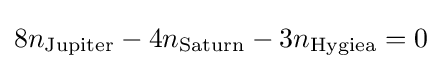
8n_{\rm {Jupiter}}-4n_{\rm {Saturn}}-3n_{\rm {Hygiea}}=0